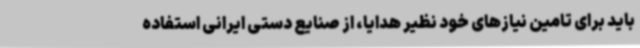
باید برای تامین نیازهای خود نظیر هدایا،‌ از صنایع دستی ایرانی استفاده